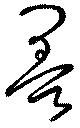
墨